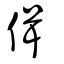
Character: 偮